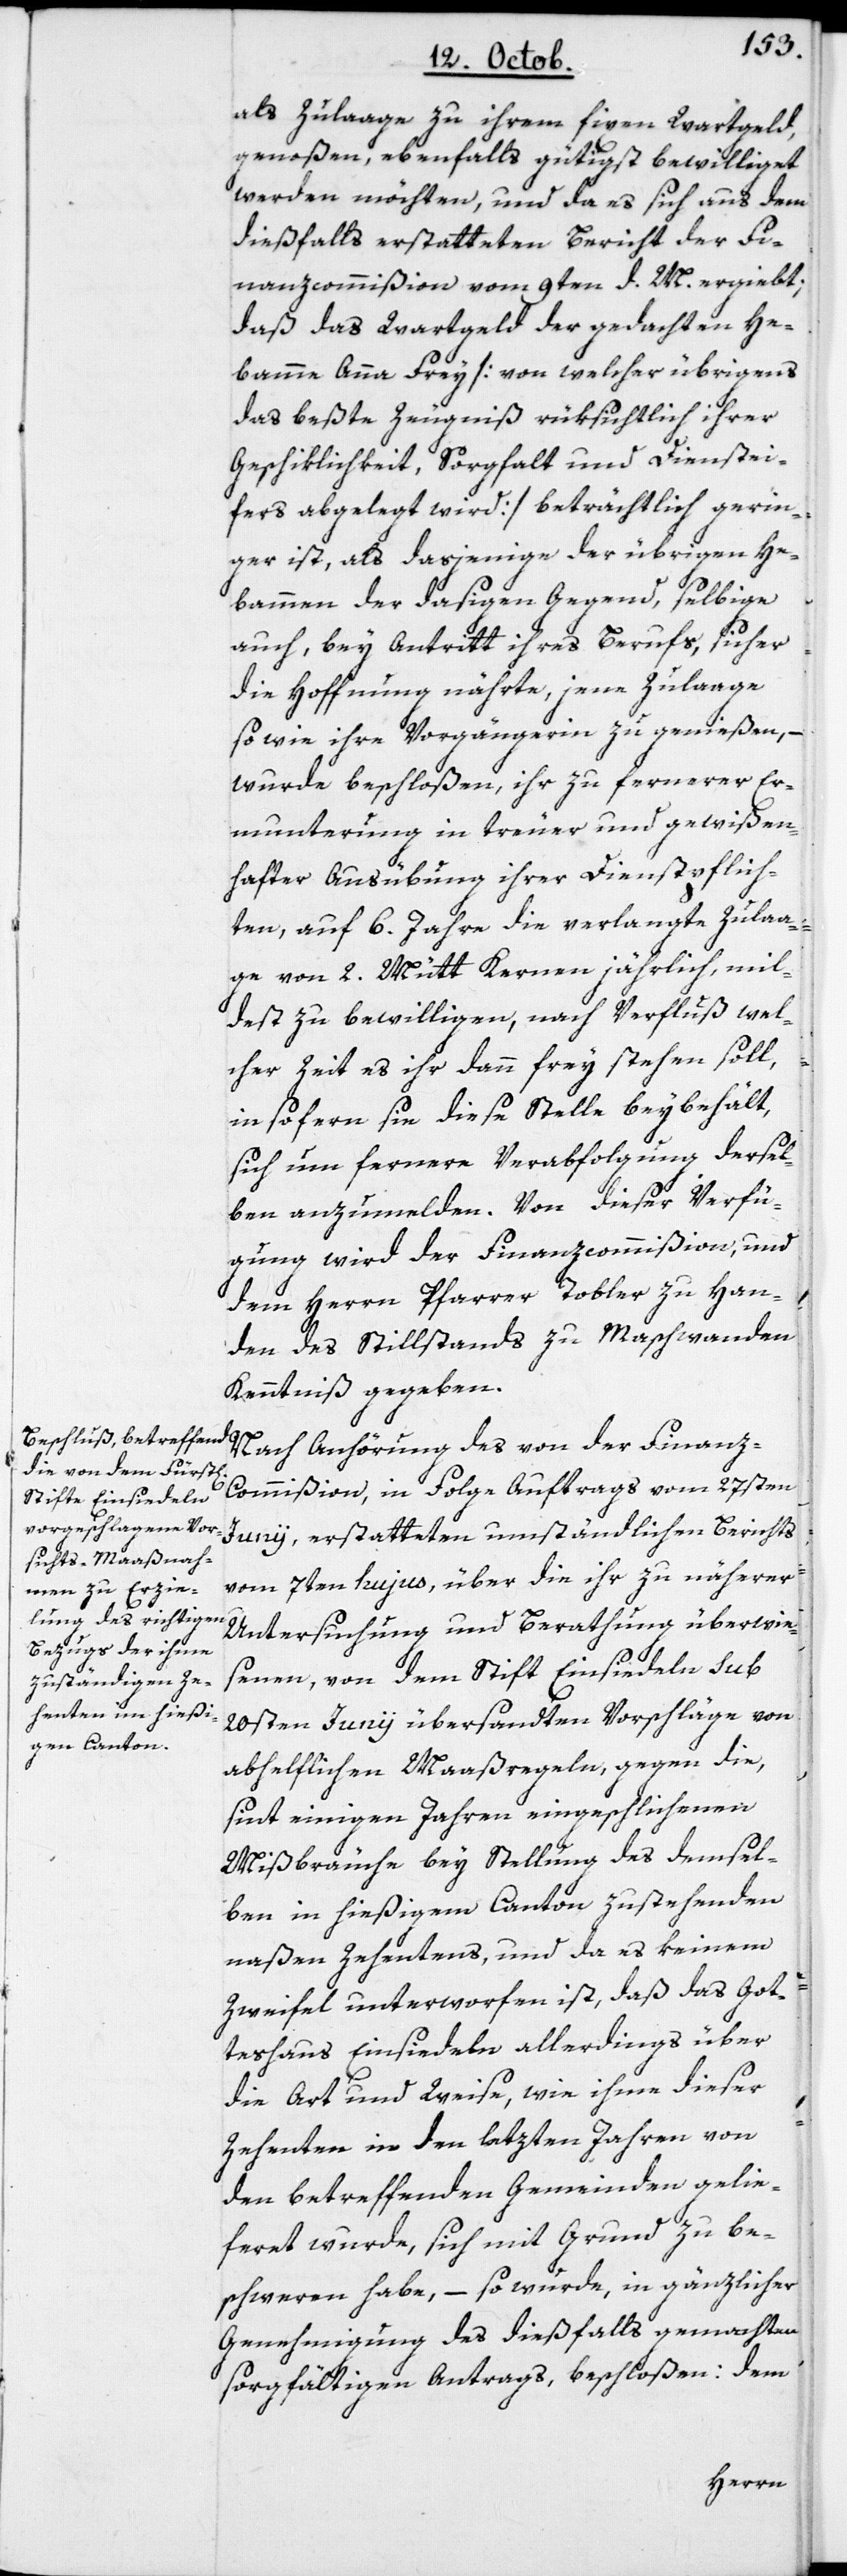
als Zulaage zu ihrem fixen Wartgeld
genoßen, ebenfalls gütigst bewilliget
werden möchten, und da es sich aus dem
dießfalls erstatteten Bericht der Fi¬
nanzcommißion vom 9ten d. M. ergiebt;
daß das Wartgeld der gedachten He¬
bamme Anna Frey [von welcher übrigens
das beßte Zeugniß rüksichtlich ihrer
Geschicklichkeit, Sorgfalt und Dienstei¬
fers abgelegt wird], beträchtlich gerin¬
ger ist, als dasjenige der übrigen He¬
bammen der dasigen Gegend, selbige
auch, bey Antritt ihres Berufs, sicher
die Hoffnung nährte, jene Zulaage
so wie ihre Vorgängerin zu genießen, –
wurde beschloßen, ihr zu fernerer Er¬
munterung in treuer und gewißen¬
hafter Ausübung ihrer Dienstpflich¬
ten, auf 6. Jahre die verlangte Zulaa¬
ge von 2. Mütt Kernen jährlich, mil¬
dest zu bewilligen, nach Verfluß wel¬
cher Zeit es ihr dann frey stehen soll,
insofern sie diese Stelle beybehält,
sich um fernere Verabfolgung dersel¬
ben anzumelden. Von dieser Verfü¬
gung wird der Finanzcommißion, und
dem Herrn Pfarrer Tobler zu Han¬
den des Stillstands zu Maschwanden
Kenntniß gegeben.
Nach Anhörung des von der Finanz-C¬
ommißion in Folge Auftrags vom 27sten
Junii, erstatteten umständlichen Berichts
vom 7ten hujus, über die ihr zu näherer
Untersuchung und Berathung überwie¬
senen, von dem Stift Einsiedeln sub
20sten Junii übersandten Vorschläge von
abhelflichen Maaßregeln gegen die,
sint einigen Jahren eingeschlichenen
Mißbräuche bey Stellung des demsel¬
ben in hießigem Canton zustehenden
naßen Zehentens, und da es keinem
Zweifel unterworfen ist, daß das Got¬
teshaus Einsiedeln allerdings über
die Art und Weise, wie ihme dieser
Zehenten in den letzten Jahren von
den betreffenden Gemeinden gelie¬
feret wurde, sich mit Grund zu be¬
schweren habe, – so wurde, in gänzlicher
Genehmigung des dießfalls gemachten
sorgfältigen Antrags beschloßen: dem